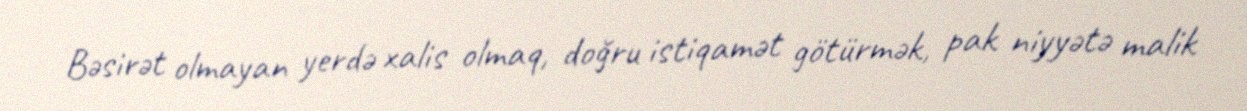
Bəsirət olmayan yerdə xalis olmaq, doğru istiqamət götürmək, pak niyyətə malik